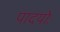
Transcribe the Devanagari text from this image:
पादयोः